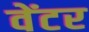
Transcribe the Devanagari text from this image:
वेंटर